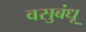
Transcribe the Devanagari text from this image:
वसुबंधू